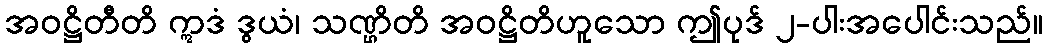
အဝဋ္ဌိတီတိ ဣဒံ ဒွယံ၊ သဏ္ဌိတိ အဝဋ္ဌိတိဟူသော ဤပုဒ် ၂-ပါးအပေါင်းသည်။